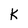
Character: K